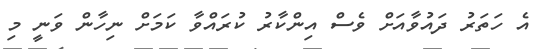
އެ ހަތަރު ދައުވާއަށް ވެސް އިންކާރު ކުރައްވާ ކަމަށް ނިހާން ވަނީ މި